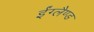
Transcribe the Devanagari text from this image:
ईंग्लैण्ड